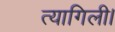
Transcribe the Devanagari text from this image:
त्यागिली।